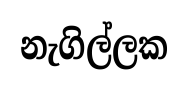
නැගිල්ලක